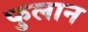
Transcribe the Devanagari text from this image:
फुलान